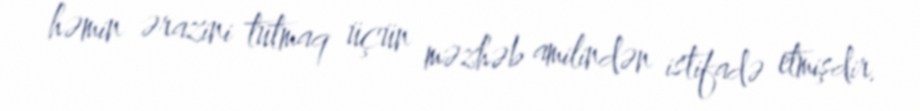
həmin ərazini tutmaq üçün məzhəb amilindən istifadə etmişdir.